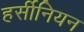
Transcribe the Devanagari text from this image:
हर्सीनियन